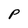
Character: P